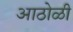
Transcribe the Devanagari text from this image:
आठोळी